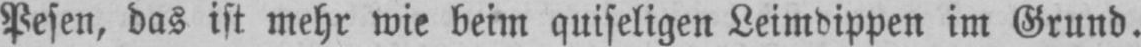
Pesen, das ist mehr wie beim quiseligen Leimdippen im Grund.